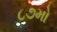
૮૭મો